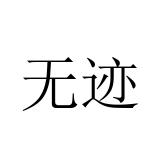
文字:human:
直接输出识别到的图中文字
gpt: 无迹